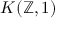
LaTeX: K ( \mathbb { Z } , 1 )